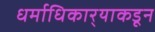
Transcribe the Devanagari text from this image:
धर्माधिकार्‍याकडून